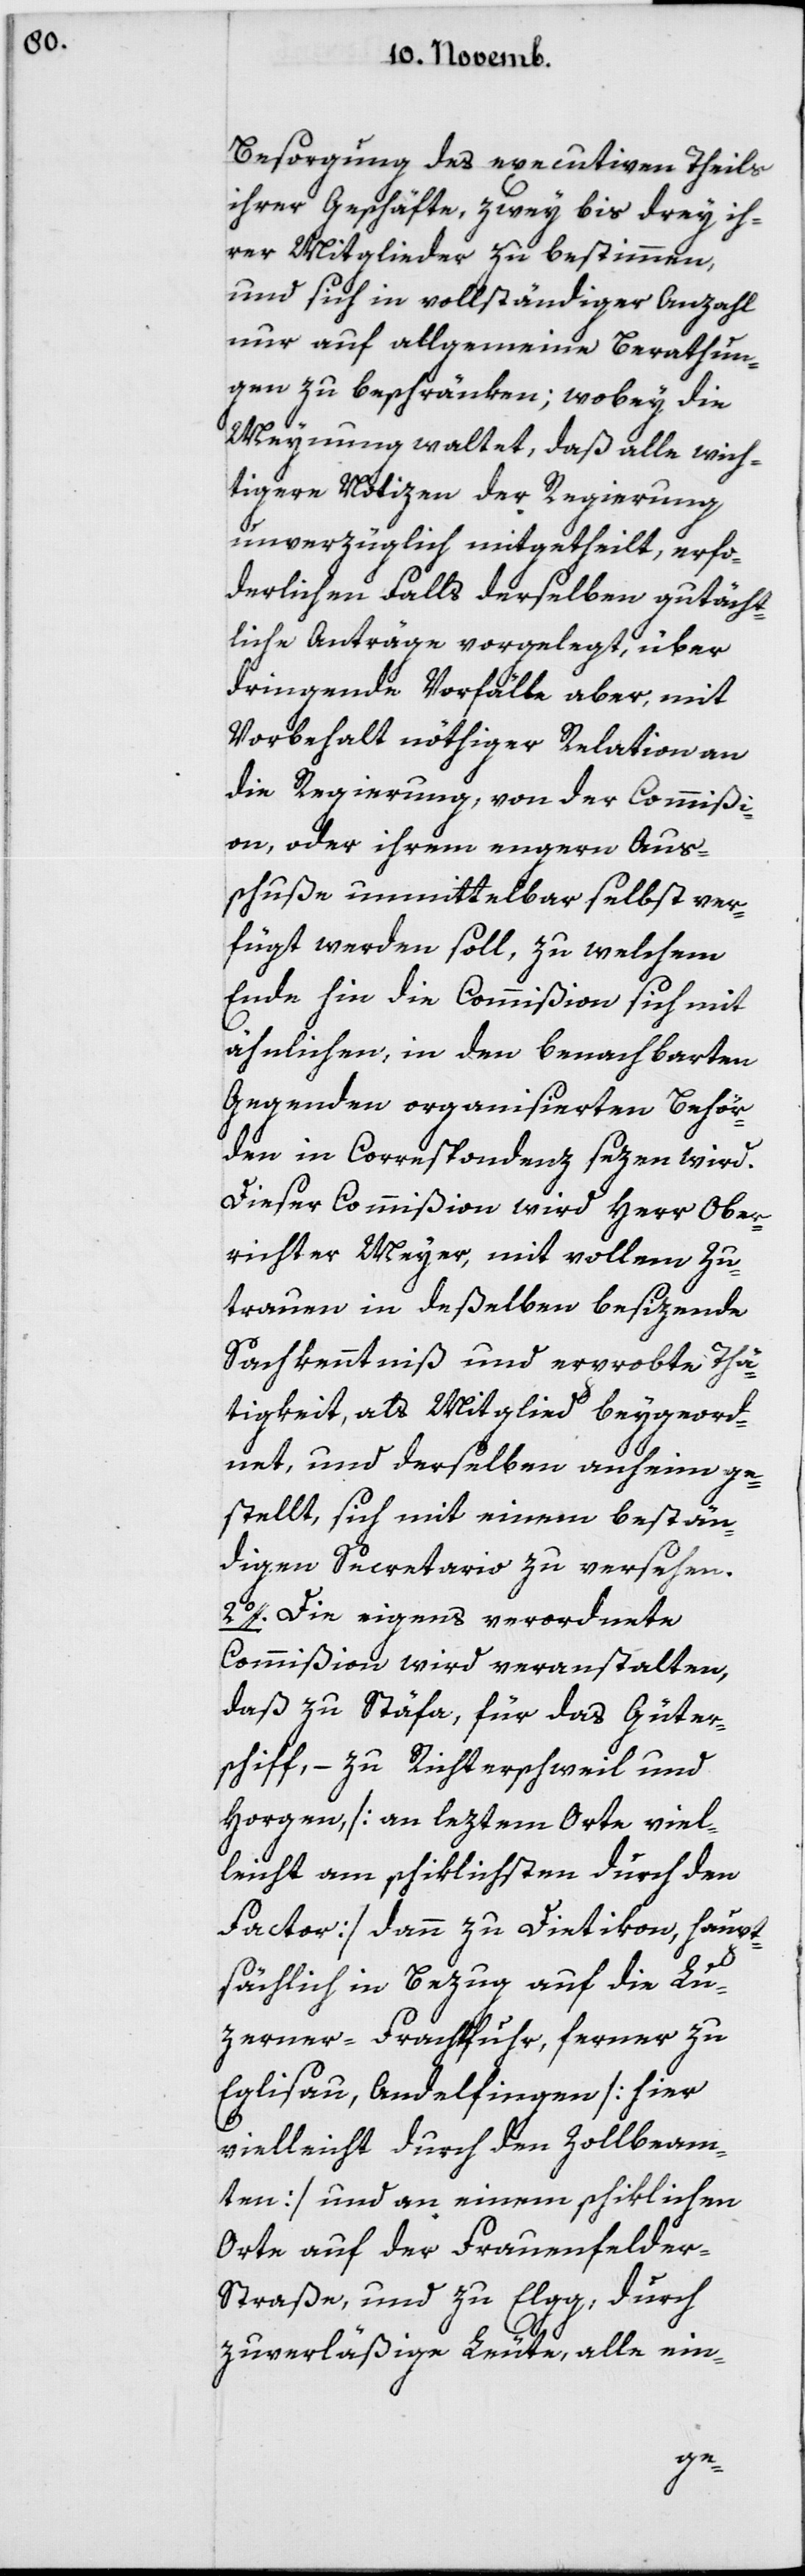
Besorgung des executiven Theils
ihrer Geschäfte, zwey bis drey ih¬
rer Mitglieder zu bestimmen,
und sich in vollständiger Anzahl
nur auf allgemeine Beratun¬
gen zu beschränken; wobey die
Meynung waltet, daß alle wich¬
tigere Notizen der Regierung
unverzüglich mitgetheilt, erfor¬
derlichen Falls derselben gutächt¬
liche Anträge vorgelegt, über
dringende Vorfälle aber, mit
Vorbehalt nöthiger Relationen an
die Regierung, von der Commißi¬
on oder ihrem engern Aus¬
schuße unmittelbar selbst ver¬
fügt werden soll, zu welchem
Ende hin die Commißion sich mit
ähnlichen, in den benachbarten
Gegenden organisierten Behör¬
den in Correspondenz sezen wird.
Dieser Commißion wird Herr Ober¬
richter Meyer mit vollem Zu¬
trauen in deßelben besizende
Sachkenntniß und erprobte Thä¬
tigkeit, als Mitglied beygeord¬
net, und derselben anheim ge¬
stellt, sich mit einem bestän¬
digen Secretario zu versehen.
2. Die eigens verordnete
Commißion wird veranstalten,
daß zu Stäfa für das Güter¬
schiff, – zu Richterschweil und
Horgen [am letztem Orte viel¬
leicht am schiklichsten durch den
Factor], dann zu Dietikon, haupt¬
sächlich in Bezug auf die Lu¬
zerner-Frachtfuhr; ferner zu
Eglisau, Andelfingen [hier
vielleicht durch den Zollbeam¬
ten] und an einem schiklichen
Orte auf der Frauenfelder¬
straße, und zu Elgg, durch
zuverläßige Leute, alle ein-